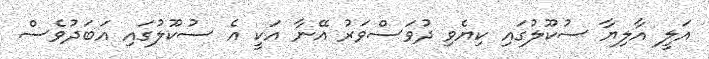
އަލީ އާލިޔާ ސުކޫލުގައި ކިޔެވި ދުވަސްވަރު އޭނާ އަކީ އެ ސުކޫލުގައި އަބަދުވެސް